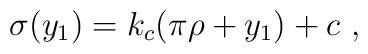
\sigma (y_1) = k_c (  \pi \rho + y_1 ) + c ~,~\,